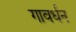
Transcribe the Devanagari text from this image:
गावर्धन